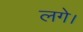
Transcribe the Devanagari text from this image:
लगे।